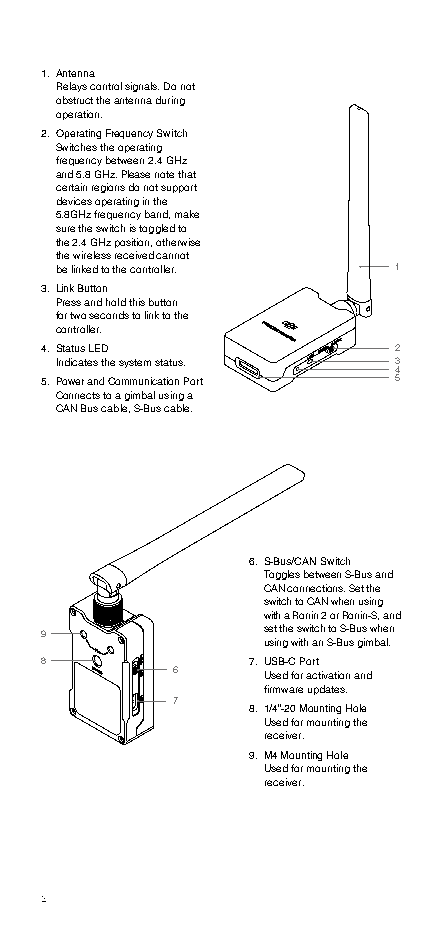
1. Antenna
 Relays control signals. Do not
 obstruct the antenna during
 operation.
 2. Operating Frequency Switch
 Switches the operating
 frequency between 2.4 GHz
 and 5.8 GHz. Please note that
 certain regions do not support
 devices operating in the
 5.8GHz frequency band, make
 sure the switch is toggled to
 the 2.4 GHz position, otherwise
 the wireless received cannot
 be linked to the controller. 1
 3. Link Button
 Press and hold this button
 for two seconds to link to the
 controller.
 4. Status LED          2
 Indicates the system status. 3
 4
 5. Power and Communication Port 5
 Connects to a gimbal using a
 CAN Bus cable, S-Bus cable.
 6. S-Bus/CAN Switch
 Toggles between S-Bus and
 CAN connections. Set the
 switch to CAN when using
 with a Ronin 2 or Ronin-S, and
 9             set the switch to S-Bus when
 using with an S-Bus gimbal.
 8            7. USB-C Port
 6     Used for activation and
 firmware updates.
 7
 8. 1/4”-20 Mounting Hole
 Used for mounting the
 receiver.
 9. M4 Mounting Hole
 Used for mounting the
 receiver.
 2